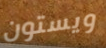
ويستون